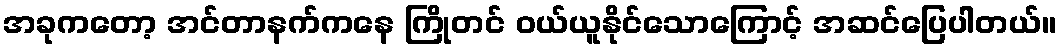
အခုကတော့ အင်တာနက်ကနေ ကြိုတင် ဝယ်ယူနိုင်သောကြောင့် အဆင်ပြေပါတယ်။